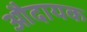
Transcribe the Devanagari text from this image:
औदायक